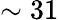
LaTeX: \sim 31